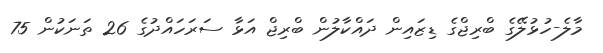
މާލެ-ހުޅުލޭގެ ބްރިޖްގެ ޑިޒައިން ދައްކާލުން ބްރިޖް އަޅާ ސަރަހައްދުގެ 26 ތަނަކުން 75